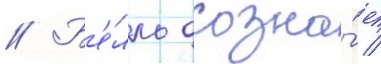
// Б'е́лль осозна́ет /